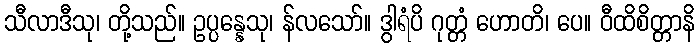
သီလာဒီသု၊ တို့သည်။ ဥပ္ပန္နေသု၊ န်လသော်။ ဒွါရံပိ ဂုတ္တံ ဟောတိ၊ ပေ။ ဝီထိစိတ္တာနိ